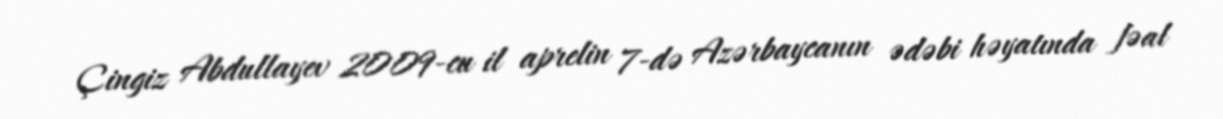
Çingiz Abdullayev 2009-cu il aprelin 7-də Azərbaycanın ədəbi həyatında fəal